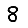
Digit: 8